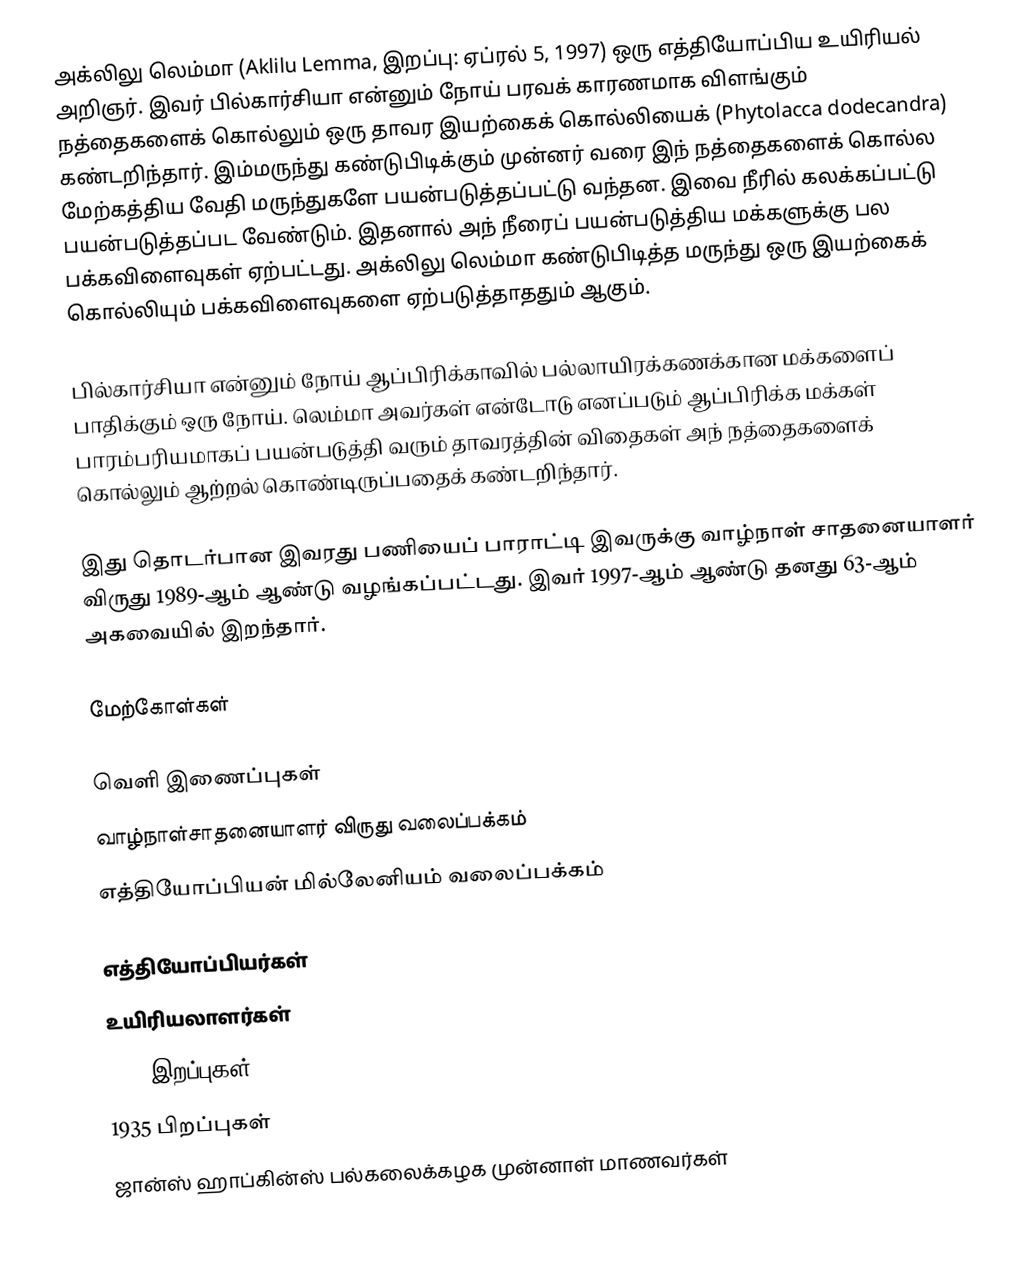
அக்லிலு லெம்மா (Aklilu Lemma, இறப்பு: ஏப்ரல் 5, 1997) ஒரு எத்தியோப்பிய உயிரியல் அறிஞர். இவர் பில்கார்சியா என்னும் நோய் பரவக் காரணமாக விளங்கும் நத்தைகளைக் கொல்லும் ஒரு தாவர இயற்கைக் கொல்லியைக் (Phytolacca dodecandra) கண்டறிந்தார். இம்மருந்து கண்டுபிடிக்கும் முன்னர் வரை இந் நத்தைகளைக் கொல்ல மேற்கத்திய வேதி மருந்துகளே பயன்படுத்தப்பட்டு வந்தன. இவை நீரில் கலக்கப்பட்டு பயன்படுத்தப்பட வேண்டும். இதனால் அந் நீரைப் பயன்படுத்திய மக்களுக்கு பல பக்கவிளைவுகள் ஏற்பட்டது. அக்லிலு லெம்மா கண்டுபிடித்த மருந்து ஒரு இயற்கைக் கொல்லியும் பக்கவிளைவுகளை ஏற்படுத்தாததும் ஆகும்.

பில்கார்சியா என்னும் நோய் ஆப்பிரிக்காவில் பல்லாயிரக்கணக்கான மக்களைப் பாதிக்கும் ஒரு நோய். லெம்மா அவர்கள் என்டோடு எனப்படும் ஆப்பிரிக்க மக்கள் பாரம்பரியமாகப் பயன்படுத்தி வரும் தாவரத்தின் விதைகள் அந் நத்தைகளைக் கொல்லும் ஆற்றல் கொண்டிருப்பதைக் கண்டறிந்தார்.

இது தொடர்பான இவரது பணியைப் பாராட்டி இவருக்கு வாழ்நாள் சாதனையாளர் விருது 1989-ஆம் ஆண்டு வழங்கப்பட்டது. இவர் 1997-ஆம் ஆண்டு தனது 63-ஆம் அகவையில் இறந்தார்.

மேற்கோள்கள்

வெளி இணைப்புகள்
 வாழ்நாள்சாதனையாளர் விருது வலைப்பக்கம்
 எத்தியோப்பியன் மில்லேனியம் வலைப்பக்கம்

எத்தியோப்பியர்கள்
உயிரியலாளர்கள்
1997 இறப்புகள்
1935 பிறப்புகள்
ஜான்ஸ் ஹாப்கின்ஸ் பல்கலைக்கழக முன்னாள் மாணவர்கள்